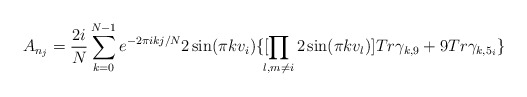
\begin{align*}A_{n_j}= \frac{2i}{N}\sum_{k=0}^{N-1}e^{-2\pi i kj/N}2\sin(\pi kv_i)\{ [\!\! \prod_{l, m \not= i} 2 \sin ( \pi k v_l ) ] Tr\gamma_{k,9} +9 Tr \gamma_{k, 5_i}\}\end{align*}